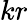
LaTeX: kr